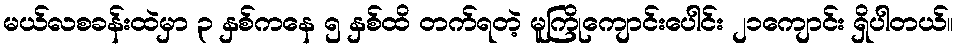
မယ်လစခန်းထဲမှာ ၃ နှစ်ကနေ ၅ နှစ်ထိ တက်ရတဲ့ မူကြိုကျောင်းပေါင်း ၂၁ကျောင်း ရှိပါတယ်။